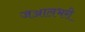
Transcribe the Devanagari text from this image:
जञ्जालभरी